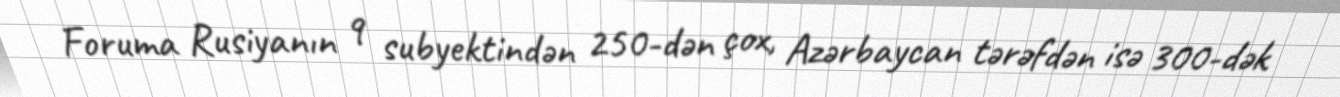
Foruma Rusiyanın 9 subyektindən 250-dən çox, Azərbaycan tərəfdən isə 300-dək